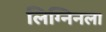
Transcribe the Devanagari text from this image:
लिग्निनला